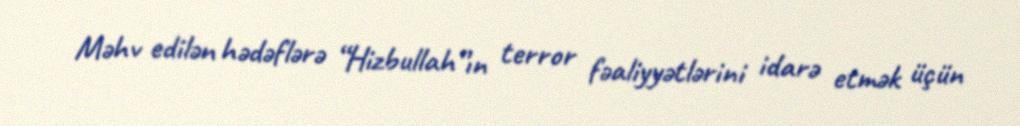
Məhv edilən hədəflərə “Hizbullah”ın terror fəaliyyətlərini idarə etmək üçün